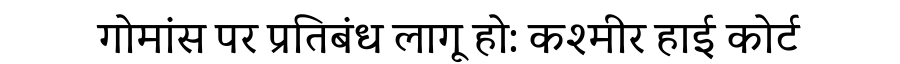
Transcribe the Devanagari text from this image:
गोमांस पर प्रतिबंध लागू हो: कश्मीर हाई कोर्ट